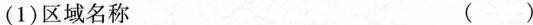
(1)区域名称 ()